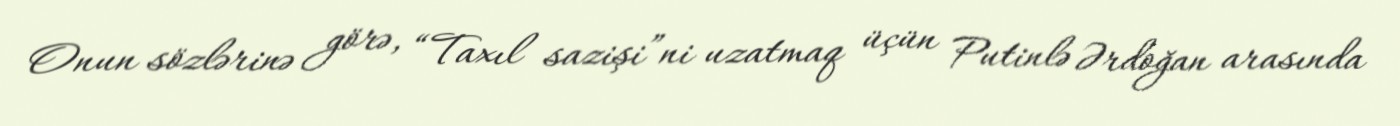
Onun sözlərinə görə, “Taxıl sazişi”ni uzatmaq üçün Putinlə Ərdoğan arasında